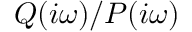
Q ( i \omega ) / P ( i \omega )